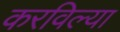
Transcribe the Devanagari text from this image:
करविल्या